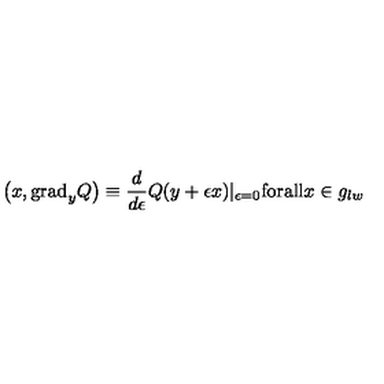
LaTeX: \left( x , \mathrm { g r a d } _ { y } Q \right) \equiv \frac { d } { d \epsilon } Q ( y + \epsilon x ) | _ { \epsilon = 0 } \mathrm { f o r a l l } x \in g _ { l w }